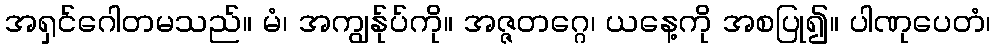
အရှင်ဂေါတမသည်။ မံ၊ အကျွန်ုပ်ကို။ အဇ္ဇတဂ္ဂေ၊ ယနေ့ကို အစပြု၍။ ပါဏုပေတံ၊